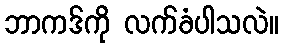
ဘာကဒ်ကို လက်ခံပါသလဲ။